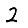
Digit: 2